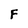
Character: F